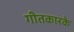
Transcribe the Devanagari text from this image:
गीतकारके